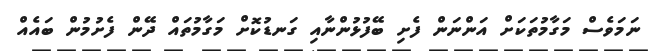
ނަމަވެސް މަގާމުތަކަށް އަންނަން ފެށި ބޭފުޅުންނާއި ގަނޑުކޮށް މަގާމުތައް ދޭން ފެށުމުން ބައެއް